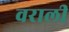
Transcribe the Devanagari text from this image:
वराली